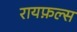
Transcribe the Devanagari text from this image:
रायफ़ल्स